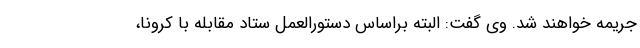
جریمه خواهند شد. وی گفت: البته براساس دستورالعمل ستاد مقابله با کرونا،